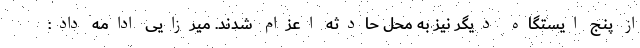
از پنج ایستگاه دیگر نیز به محل حادثه اعزام شدند. میرزایی ادامه داد: